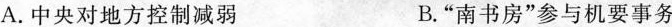
A. 中央对地方控制减弱 B.“南书房”参与机要事务